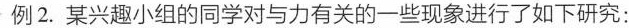
例2. 某兴趣小组的同学对与力：关的一些现象进行了如下研究：